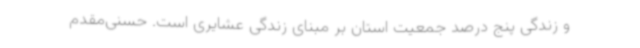
و زندگی پنج درصد جمعیت استان بر مبنای زندگی عشایری است. حسنی‌مقدم